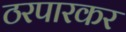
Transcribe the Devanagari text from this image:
ठरपारकर